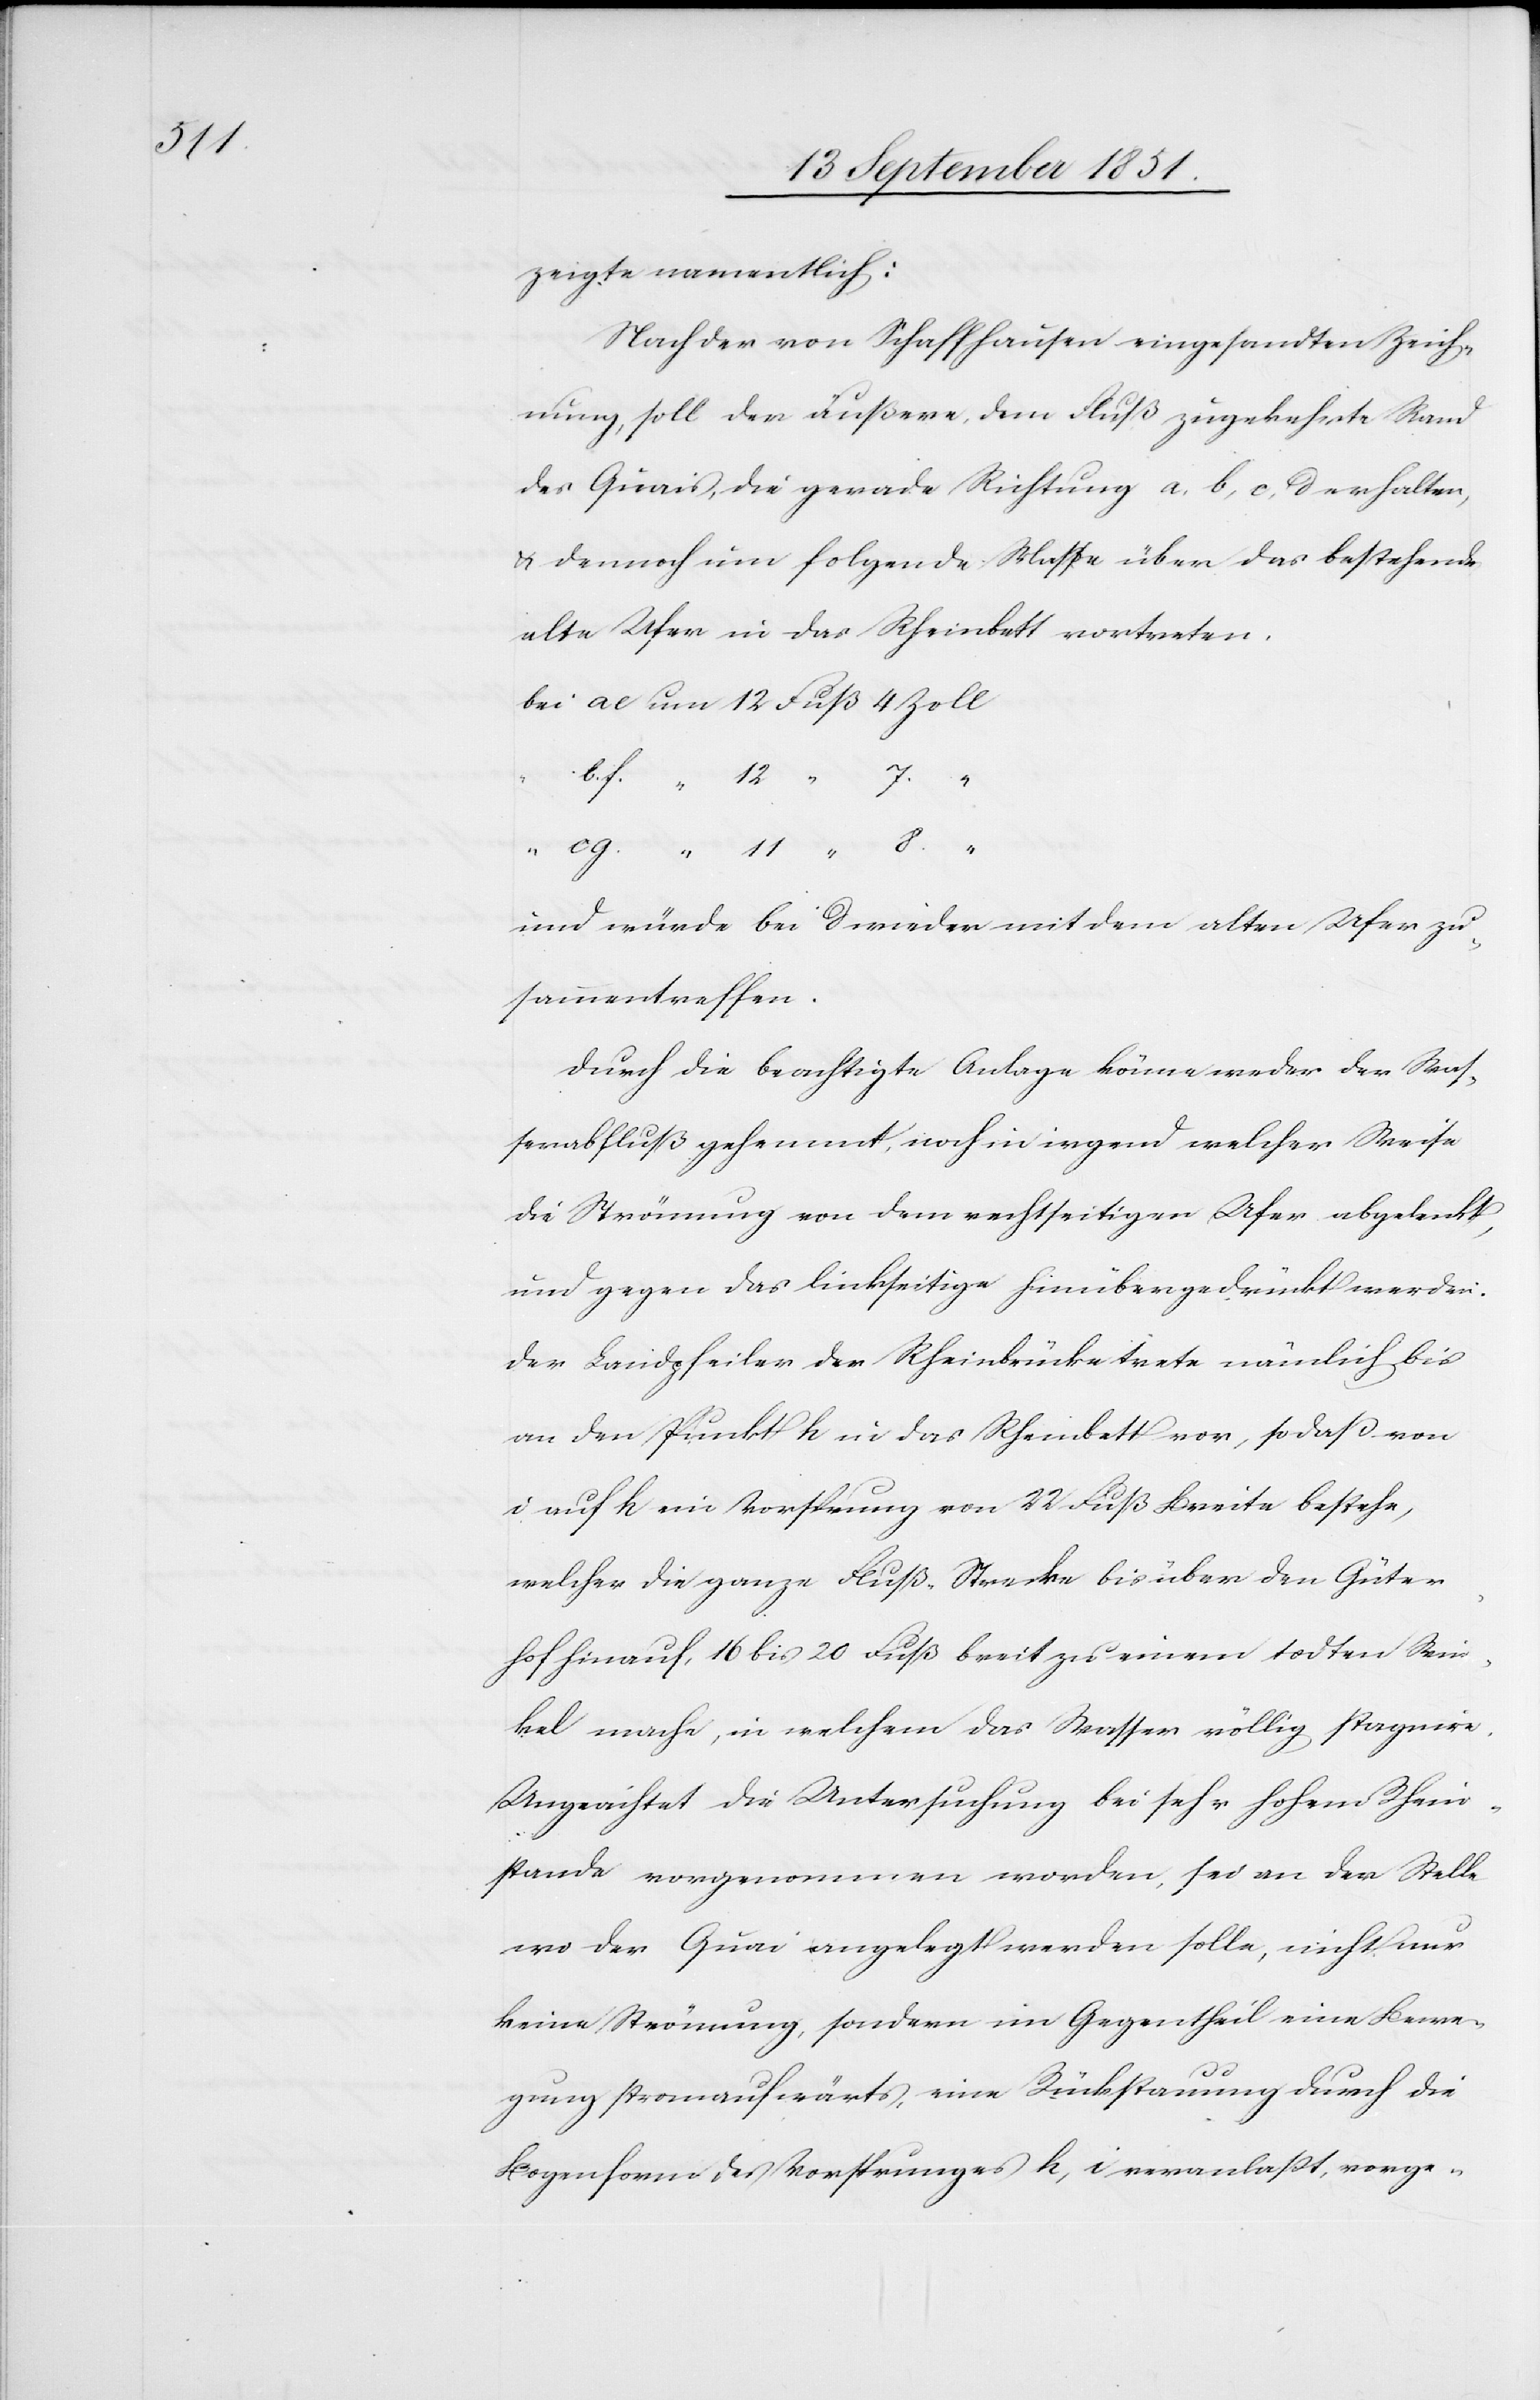
zeigte namentlich:
Nach der von Schaffhausen eingesandten Zeich¬
nung, soll der äußere, dem Fluß zugekehrte Rand
des Quais, die gerade Richtung a, b, c, d erhalten,
& dennoch um folgende Masse über das bestehende
alte Ufer in das Rheinbett vortreten.
und würde bei d wieder mit dem alten Ufer zu¬
sammentreffen.
Durch die bea[bsi]chtigte Anlage könne weder der Was¬
serabfluß gehemmt, noch in irgend welcher Weise
die Strömung von dem rechtseitigen Ufer abgelenkt,
und gegen das linkseitige hinübergedrückt werden.
Der Landpfeiler der Rheinbrücke trete nämlich bis
an den Punkt h in das Rheinbett vor, so daß von
i auf h ein Vorsprung von 22 Fuß Breite bestehe,
welcher die ganze Fluß-Strecke bis über den Güter¬
hof hinauf, 16 bis 20 Fuß breit zu einem todten Win¬
kel mache, in welchem das Wasser völlig stagnire.
Ungeachtet die Untersuchung bei sehr hohem Rhein¬
stande vorgenommen worden, sei an der Stelle
wo der Quai angelegt werden solle, nicht nur
keine Strömung, sondern im Gegentheil eine Bewe¬
gung stromaufwärts, eine Rückstauung durch die
Bogenform des Vorsprunges h, i veranlaßt, vorge-